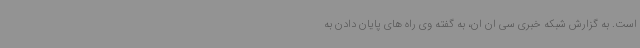
است. به گزارش شبکه خبری سی ان ان، به گفته وی راه های پایان دادن به